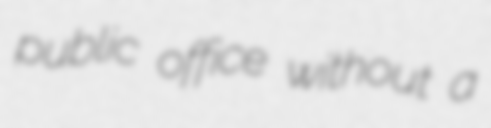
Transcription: public office without a